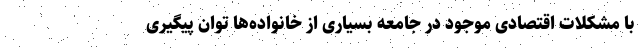
با مشکلات اقتصادی موجود در جامعه بسیاری از خانواده‌ها توان پیگیری